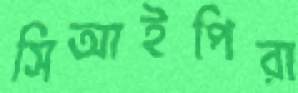
সিআইপিরা